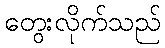
တွေးလိုက်သည်